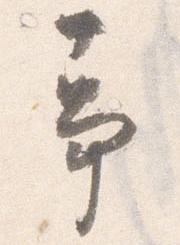
事